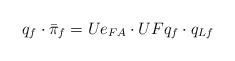
\begin{align*} q_f\cdot\bar\pi_f= Ue_{FA}\cdot UF q_f\cdot q_{{L}f} \end{align*}